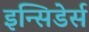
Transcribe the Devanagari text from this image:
इन्सिडेर्स